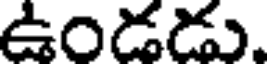
ఉండడు.